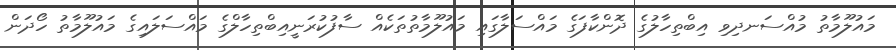
މައުލޫމާތު މުއްސަނދިވި އިބްތިހާލުގެ ދޮންކާފަގެ މައްސަލާގައި މައުލޫމާތުތަކެއް ސާފުކުރަނީއިބްތިހާލްގެ މައްސަލައިގެ މައުލޫމާތު ހޯދަން